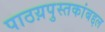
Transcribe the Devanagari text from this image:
पाठय़पुस्तकांबद्दल